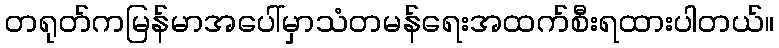
တရုတ်ကမြန်မာအပေါ်မှာသံတမန်ရေးအထက်စီးရထားပါတယ်။